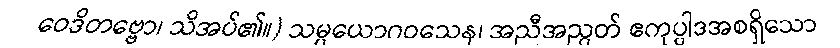
ဝေဒိတဗ္ဗော၊ သိအပ်၏။) သမ္ပယောဂဝသေန၊ အညီအညွတ် ဧကုပ္ပါဒအစရှိသော